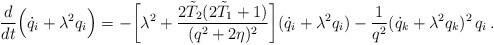
LaTeX: \begin{align*}\frac{d}{dt}\Bigl(\dot q_i+\lambda^2 q_i\Bigr)=-\biggl[\lambda^2+\frac{2\tilde T_2(2\tilde T_1+1)}{(q^2+2\eta)^2}\biggr](\dot q_i+\lambda^2 q_i)-\frac{1}{q^2}(\dot q_k+\lambda^2q_k)^2\,q_i\,.\end{align*}